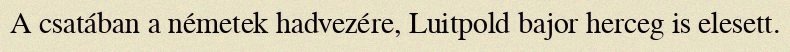
A csatában a németek hadvezére, Luitpold bajor herceg is elesett.